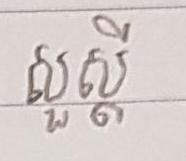
សួស្ដី